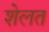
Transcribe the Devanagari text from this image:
शेलत